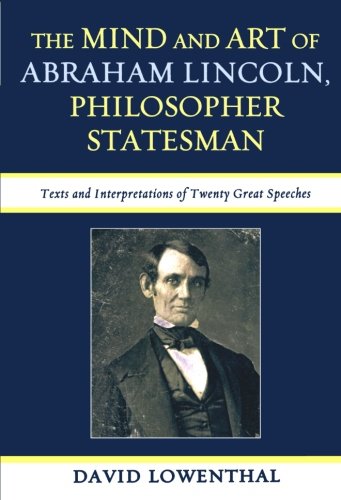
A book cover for The Mind and Art of Abraham Lincoln, Philosopher Statesman: Texts and Interpretations of Twenty Great Speeches; David Lowenthal emeritus professor of geography  University College London; Literature & Fiction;